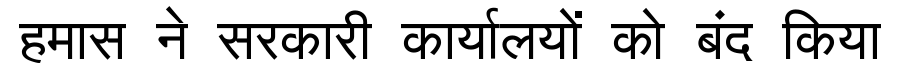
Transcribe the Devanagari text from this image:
हमास ने सरकारी कार्यालयों को बंद किया